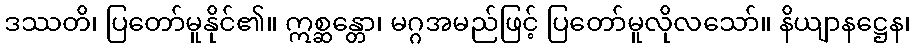
ဒဿတိ၊ ပြတော်မူနိုင်၏။ ဣစ္ဆန္တော၊ မဂ္ဂအမည်ဖြင့် ပြတော်မူလိုလသော်။ နိယျာနဋ္ဌေန၊